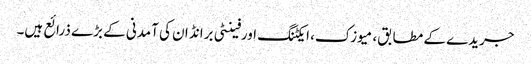
جریدے کے مطابق، میوزک، ایکٹنگ اورفینٹی برانڈ ان کی آمدنی کے بڑے ذرائع ہیں۔